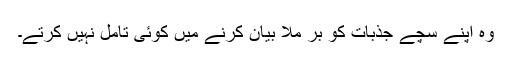
وہ اپنے سچے جذبات کو بر ملا بیان کرنے میں کوئی تامل نہیں کرتے۔